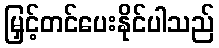
မြှင့်တင်ပေးနိုင်ပါသည်